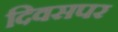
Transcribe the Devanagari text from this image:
दिवसपर